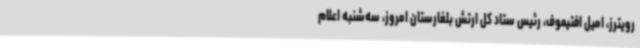
رویترز، امیل افتیموف، رئیس ستاد کل ارتش بلغارستان امروز، سه‌شنبه اعلام